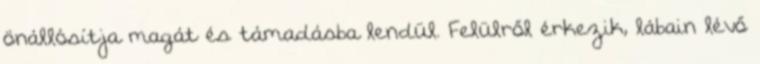
önállósítja magát és támadásba lendül. Felülről érkezik, lábain lévő